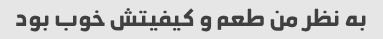
به نظر من طعم و کیفیتش خوب بود